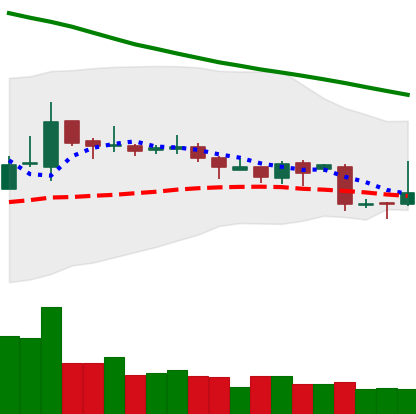
Ticker: TRX-USD
Chart end date: 2018-11-01
Forward return: 8.177%
Label: up_7plus